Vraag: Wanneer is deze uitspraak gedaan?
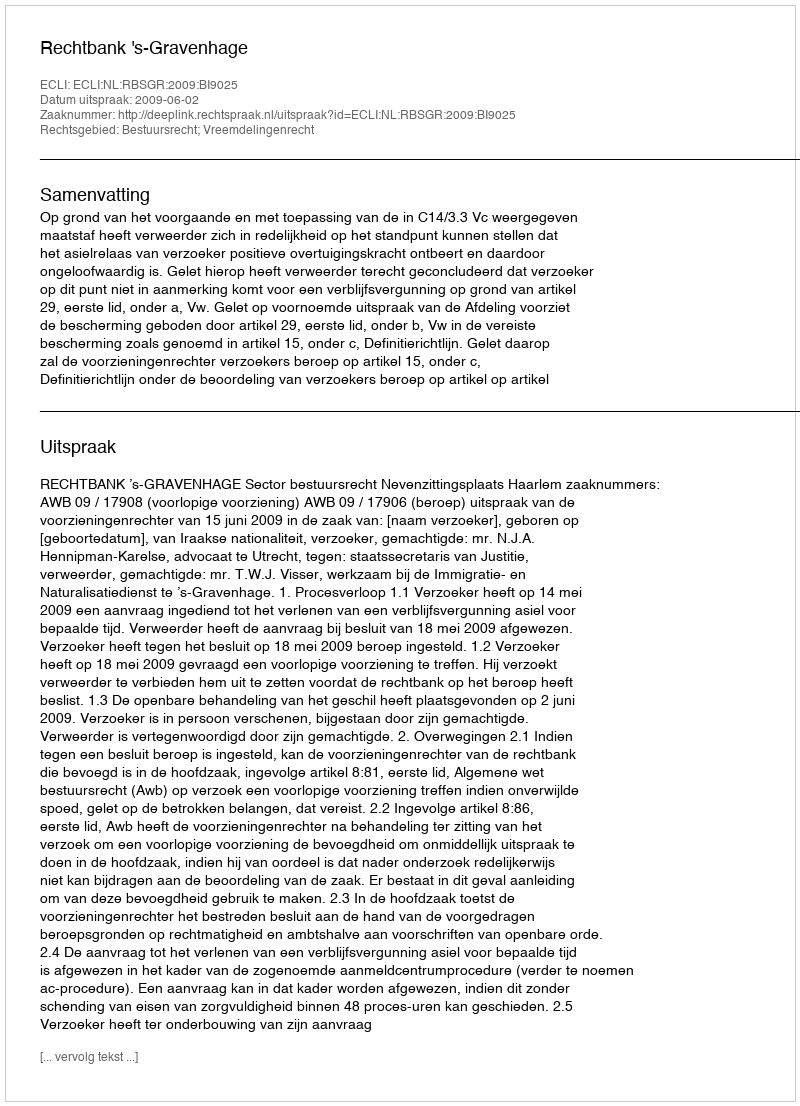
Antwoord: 2009-06-02